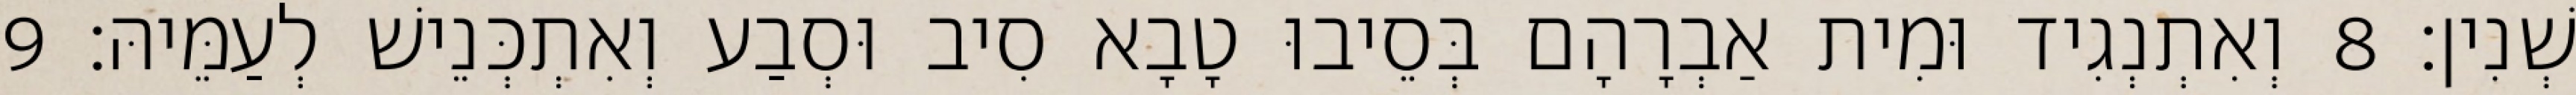
שְׁנִין׃ 8 וְאִתְנְגִיד וּמִית אַבְרָהָם בְּסֵיבוּ טָבָא סִיב וּסְבַע וְאִתְכְּנֵישׁ לְעַמֵּיהּ׃ 9